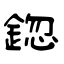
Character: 鍃